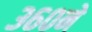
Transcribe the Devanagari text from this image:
३६०ने